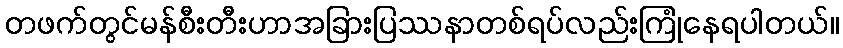
တဖက်တွင်မန်စီးတီးဟာအခြားပြဿနာတစ်ရပ်လည်းကြုံနေရပါတယ်။